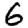
Digit: 6